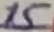
Text: 15